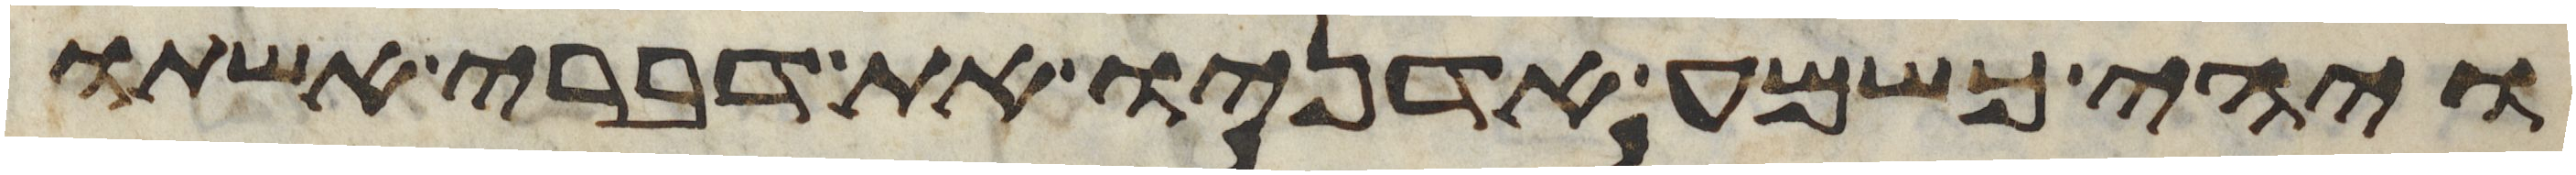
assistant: ויהי כשמע אדניו את דברי אשתו